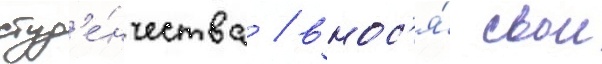
студ'е́нчества / внос'я́ свои